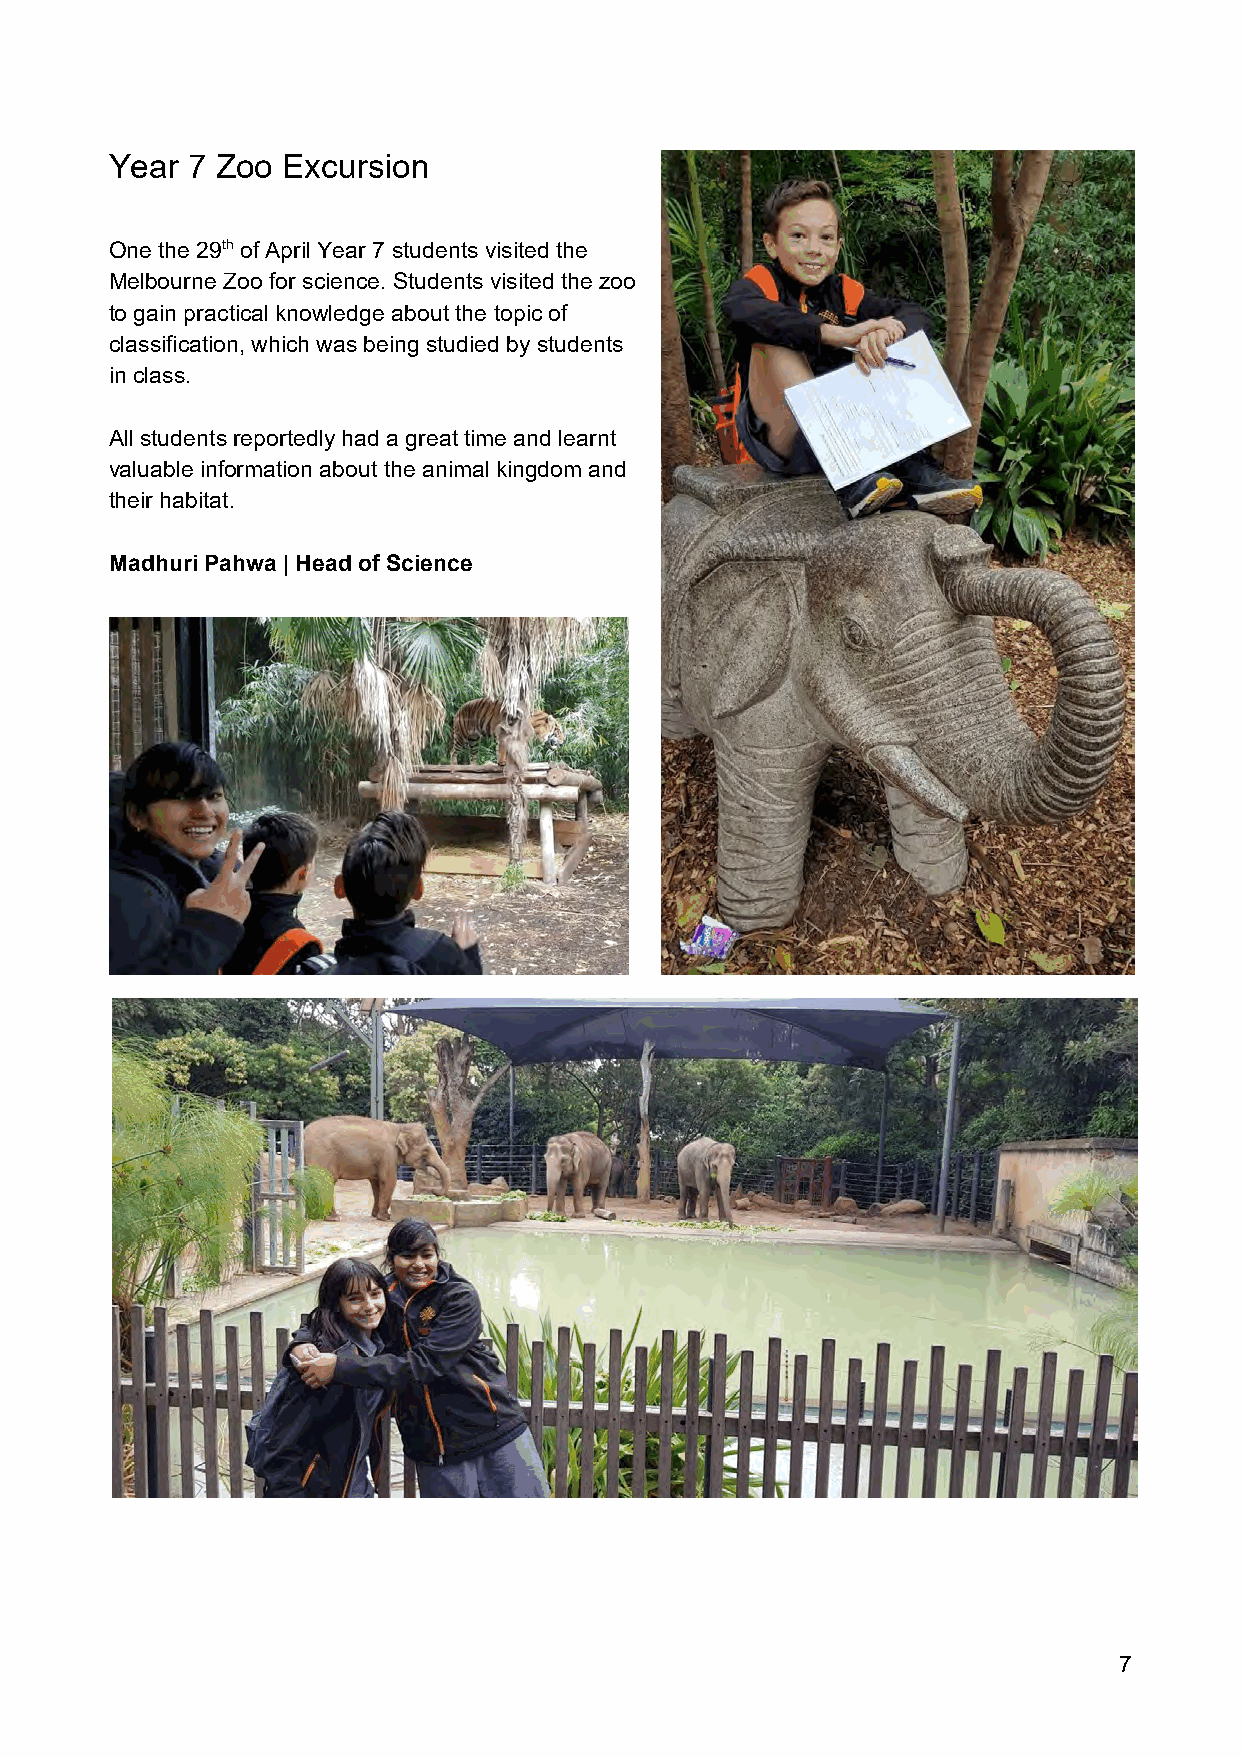
Year 7 Zoo  Excursion
 One the 29t​h ​ of April Year 7 students visited the
 Melbourne Zoo for science. Students visited the zoo
 to gain practical knowledge about the topic of
 classification, which was being studied by students
 in class.
 All students reportedly had a great time and learnt
 valuable information about the animal kingdom and
 their habitat.
 Madhuri Pahwa | Head of Science
 7